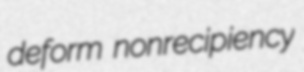
deform nonrecipiency